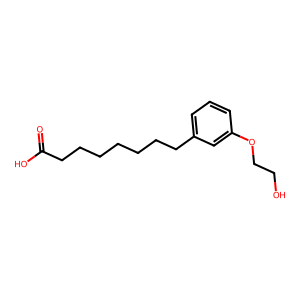
SMILES: O=C(O)CCCCCCCc1cccc(OCCO)c1
Inhibits HIV replication: No